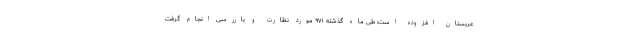
عربستان افزوده است: طی ماه گذشته ۹۷۱ مورد نظارت و بازرسی انجام گرفت